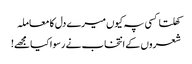
کھلتا کسی پہ کیوں میرے دل کا معاملہ
شعروں کے انتخاب نے رسوا کیا مجھے!